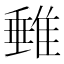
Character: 𨿠